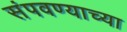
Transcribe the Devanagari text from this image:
संपवण्याच्या